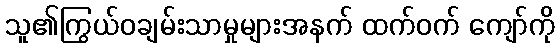
သူ၏ကြွယ်ဝချမ်းသာမှုများအနက် ထက်ဝက် ကျော်ကို